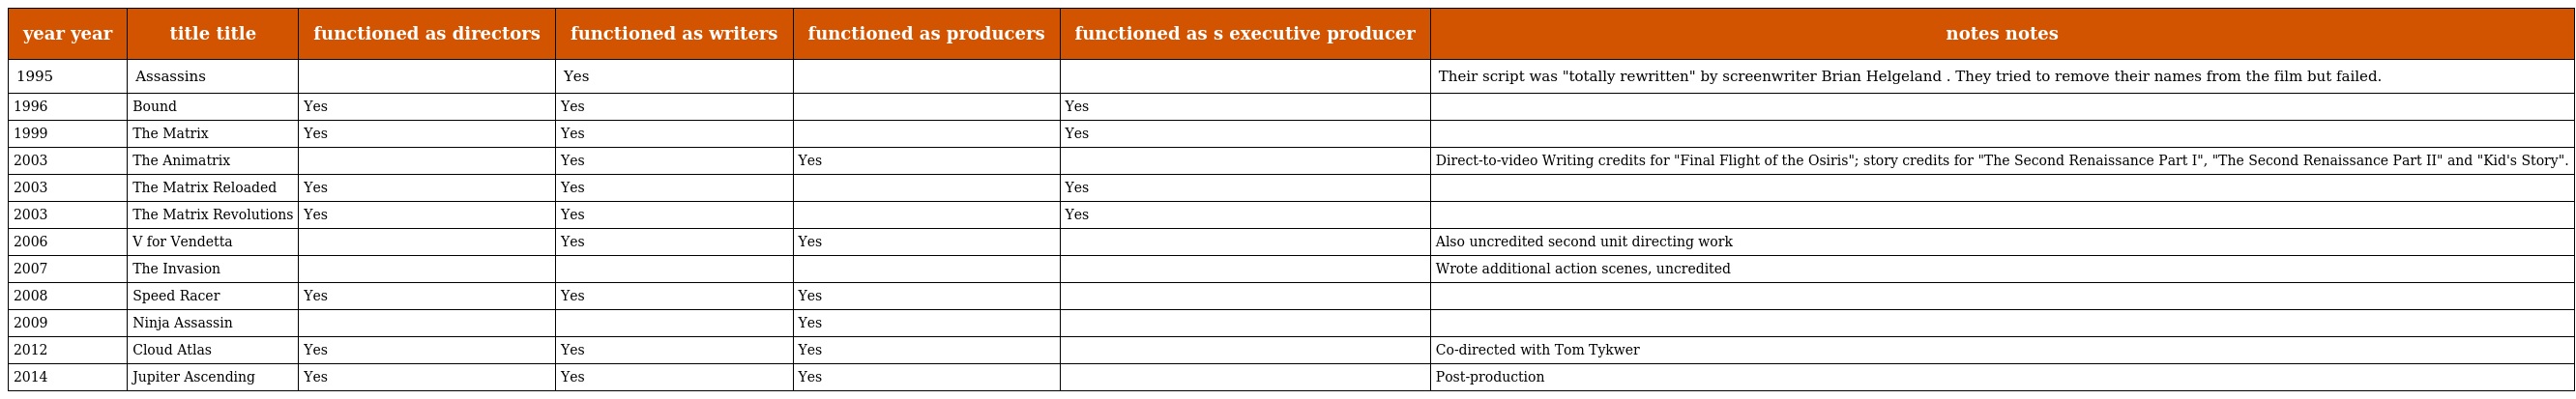
| year year | title title | functioned as directors | functioned as writers | functioned as producers | functioned as s executive producer | notes notes |
 | --- | --- | --- | --- | --- | --- | --- |
 | 1995 | Assassins |  | Yes |  |  | Their script was "totally rewritten" by screenwriter Brian Helgeland . They tried to remove their names from the film but failed. |
 | 1996 | Bound | Yes | Yes |  | Yes |  |
 | 1999 | The Matrix | Yes | Yes |  | Yes |  |
 | 2003 | The Animatrix |  | Yes | Yes |  | Direct-to-video Writing credits for "Final Flight of the Osiris"; story credits for "The Second Renaissance Part I", "The Second Renaissance Part II" and "Kid's Story". |
 | 2003 | The Matrix Reloaded | Yes | Yes |  | Yes |  |
 | 2003 | The Matrix Revolutions | Yes | Yes |  | Yes |  |
 | 2006 | V for Vendetta |  | Yes | Yes |  | Also uncredited second unit directing work |
 | 2007 | The Invasion |  |  |  |  | Wrote additional action scenes, uncredited |
 | 2008 | Speed Racer | Yes | Yes | Yes |  |  |
 | 2009 | Ninja Assassin |  |  | Yes |  |  |
 | 2012 | Cloud Atlas | Yes | Yes | Yes |  | Co-directed with Tom Tykwer |
 | 2014 | Jupiter Ascending | Yes | Yes | Yes |  | Post-production |